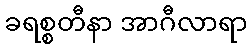
ခရစ္စတီနာ အာဂီလာရာ